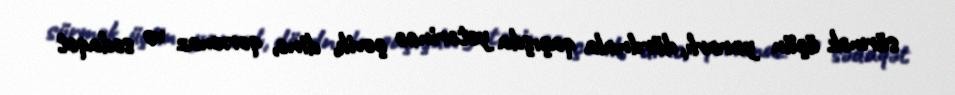
sürmək üçün yararlı, dördnala qaçışda yetərincə çevik, dinc, qorxmaz və sədaqət